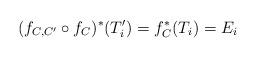
LaTeX: \begin{align*} (f_{C,C^\prime}\circ f_C)^*(T_i^\prime) = f_C^*(T_i) = E_i \end{align*}